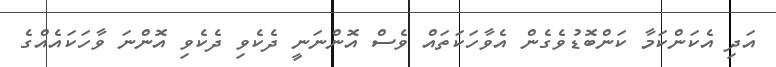
އަދި އެކަންކަމާ ކަންބޮޑުވެގެން އެވާހަކަތައް ވެސް އޮންނަނީ ދެކެވި ދެކެވި އޮންނަ ވާހަކައެއްގެ